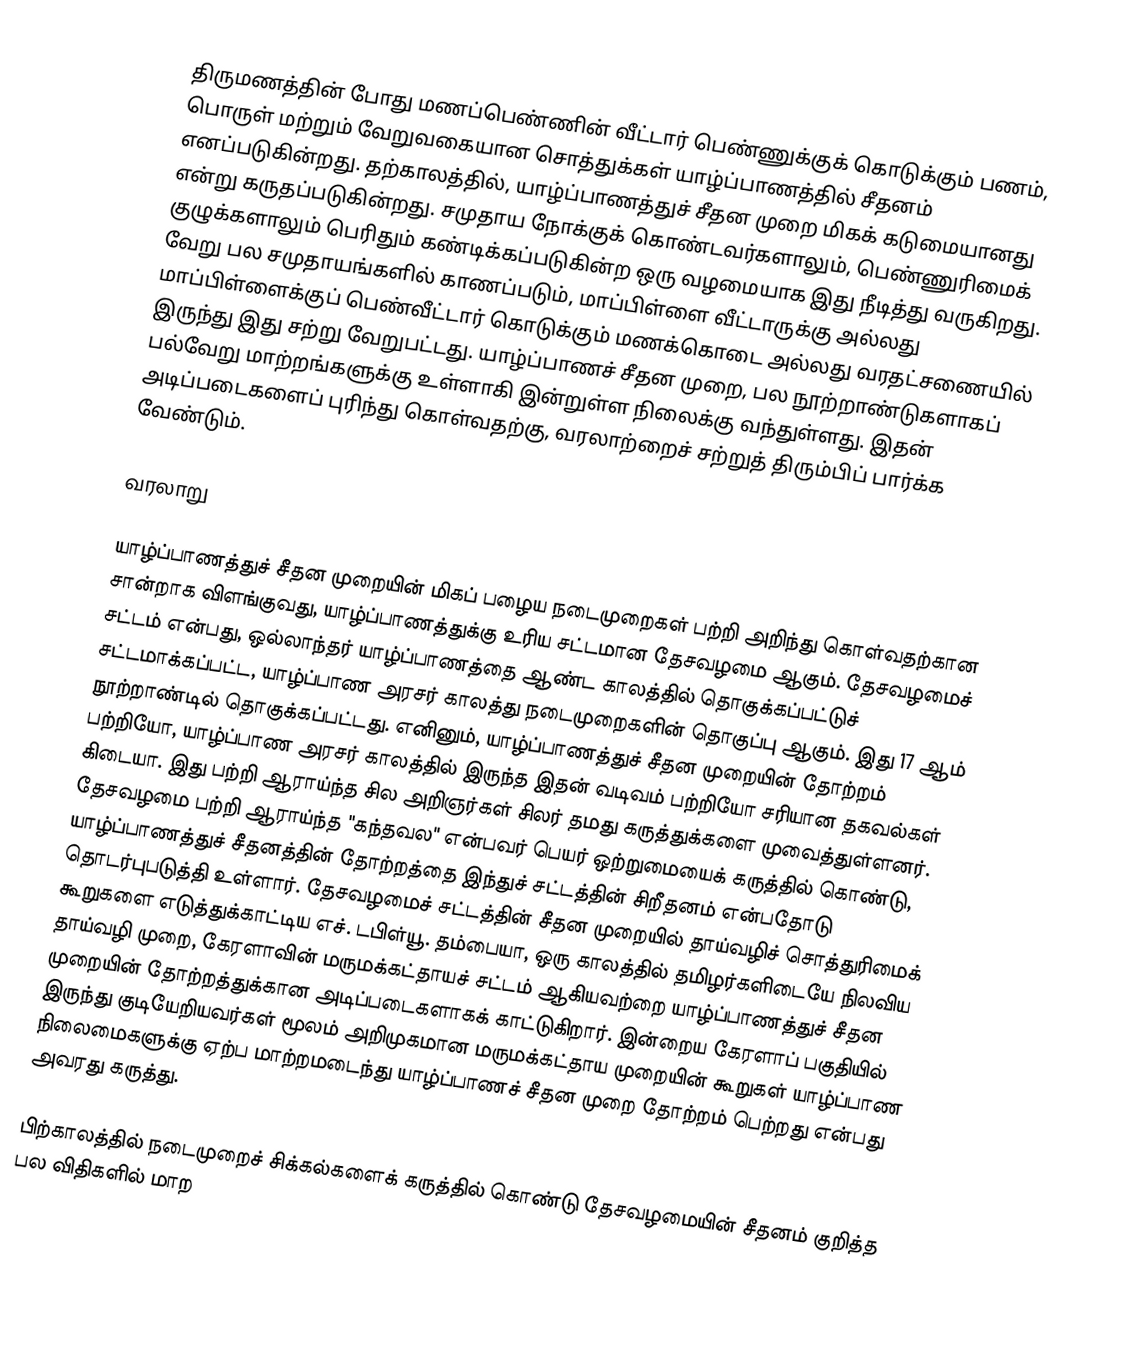
திருமணத்தின் போது மணப்பெண்ணின் வீட்டார் பெண்ணுக்குக் கொடுக்கும் பணம், பொருள் மற்றும் வேறுவகையான சொத்துக்கள் யாழ்ப்பாணத்தில் சீதனம் எனப்படுகின்றது. தற்காலத்தில், யாழ்ப்பாணத்துச் சீதன முறை மிகக் கடுமையானது என்று கருதப்படுகின்றது. சமுதாய நோக்குக் கொண்டவர்களாலும், பெண்ணுரிமைக் குழுக்களாலும் பெரிதும் கண்டிக்கப்படுகின்ற ஒரு வழமையாக இது நீடித்து வருகிறது. வேறு பல சமுதாயங்களில் காணப்படும், மாப்பிள்ளை வீட்டாருக்கு அல்லது மாப்பிள்ளைக்குப் பெண்வீட்டார் கொடுக்கும் மணக்கொடை அல்லது வரதட்சணையில் இருந்து இது சற்று வேறுபட்டது. யாழ்ப்பாணச் சீதன முறை, பல நூற்றாண்டுகளாகப் பல்வேறு மாற்றங்களுக்கு உள்ளாகி இன்றுள்ள நிலைக்கு வந்துள்ளது. இதன் அடிப்படைகளைப் புரிந்து கொள்வதற்கு, வரலாற்றைச் சற்றுத் திரும்பிப் பார்க்க வேண்டும்.

வரலாறு

யாழ்ப்பாணத்துச் சீதன முறையின் மிகப் பழைய நடைமுறைகள் பற்றி அறிந்து கொள்வதற்கான சான்றாக விளங்குவது, யாழ்ப்பாணத்துக்கு உரிய சட்டமான தேசவழமை ஆகும். தேசவழமைச் சட்டம் என்பது, ஒல்லாந்தர் யாழ்ப்பாணத்தை ஆண்ட காலத்தில் தொகுக்கப்பட்டுச் சட்டமாக்கப்பட்ட, யாழ்ப்பாண அரசர் காலத்து நடைமுறைகளின் தொகுப்பு ஆகும். இது 17 ஆம் நூற்றாண்டில் தொகுக்கப்பட்டது. எனினும், யாழ்ப்பாணத்துச் சீதன முறையின் தோற்றம் பற்றியோ, யாழ்ப்பாண அரசர் காலத்தில் இருந்த இதன் வடிவம் பற்றியோ சரியான தகவல்கள் கிடையா. இது பற்றி ஆராய்ந்த சில அறிஞர்கள் சிலர் தமது கருத்துக்களை முவைத்துள்ளனர். தேசவழமை பற்றி ஆராய்ந்த "கந்தவல" என்பவர் பெயர் ஒற்றுமையைக் கருத்தில் கொண்டு, யாழ்ப்பாணத்துச் சீதனத்தின் தோற்றத்தை இந்துச் சட்டத்தின் சிறீதனம் என்பதோடு தொடர்புபடுத்தி உள்ளார். தேசவழமைச் சட்டத்தின் சீதன முறையில் தாய்வழிச் சொத்துரிமைக் கூறுகளை எடுத்துக்காட்டிய எச். டபிள்யூ. தம்பையா, ஒரு காலத்தில் தமிழர்களிடையே நிலவிய தாய்வழி முறை, கேரளாவின் மருமக்கட்தாயச் சட்டம் ஆகியவற்றை யாழ்ப்பாணத்துச் சீதன முறையின் தோற்றத்துக்கான அடிப்படைகளாகக் காட்டுகிறார். இன்றைய கேரளாப் பகுதியில் இருந்து குடியேறியவர்கள் மூலம் அறிமுகமான மருமக்கட்தாய முறையின் கூறுகள் யாழ்ப்பாண நிலைமைகளுக்கு ஏற்ப மாற்றமடைந்து யாழ்ப்பாணச் சீதன முறை தோற்றம் பெற்றது என்பது அவரது கருத்து.

பிற்காலத்தில் நடைமுறைச் சிக்கல்களைக் கருத்தில் கொண்டு தேசவழமையின் சீதனம் குறித்த பல விதிகளில் மாற